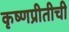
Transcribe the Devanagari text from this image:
कृष्णप्रीतीची